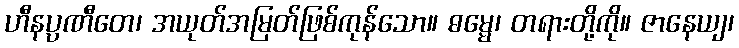
ဟီနပ္ပဏီတေ၊ အယုတ်အမြတ်ဖြစ်ကုန်သော။ ဓမ္မေ၊ တရားတို့ကို။ ဇာနေယျ၊